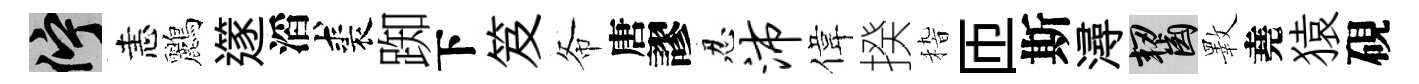
伫恚鸝𨗹滔裘踟下笈𢁙唐謬忍沛偉揆𥟵匝斯潯齧斁堯猿硯